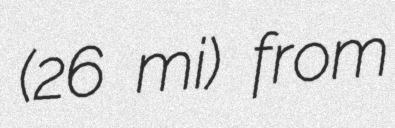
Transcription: (26 mi) from